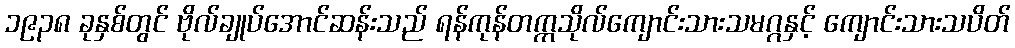
၁၉၃၈ ခုနှစ်တွင် ဗိုလ်ချုပ်အောင်ဆန်းသည် ရန်ကုန်တက္ကသိုလ်ကျောင်းသားသမဂ္ဂနှင့် ကျောင်းသားသပိတ်